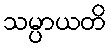
သမ္ပာယတိ